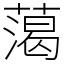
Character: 䔽